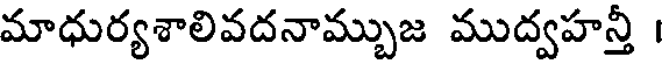
మాధుర్యశాలివదనామ్చుజ ముద్వహన్తీ